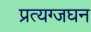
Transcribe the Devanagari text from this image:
प्रत्यग्जघन